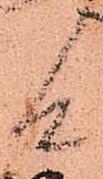
候